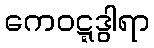
ကေဝဋ္ဋဒွါရာ